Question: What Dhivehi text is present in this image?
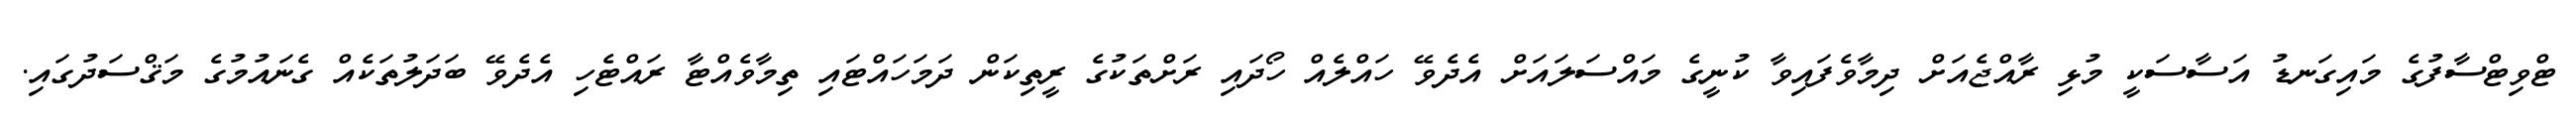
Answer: ޓްވިޓްސާފުގެ މައިގަނޑު އަސާސަކީ މުޅި ރާއްޖެއަށް ދިމާވެފައިވާ ކުނީގެ މައްސަލައަށް އެދެވޭ ހައްލެއް ހޯދައި ރަށްތަކުގެ ރީތިކަން ދަމަހައްޓައި ތިމާވެއްޓާ ރައްޓެހި އެދެވޭ ބަދަލުތަކެއް ގެނައުމުގެ މަޤްސަދުގައި.